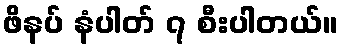
ဖိနပ် နံပါတ် ၇ စီးပါတယ်။